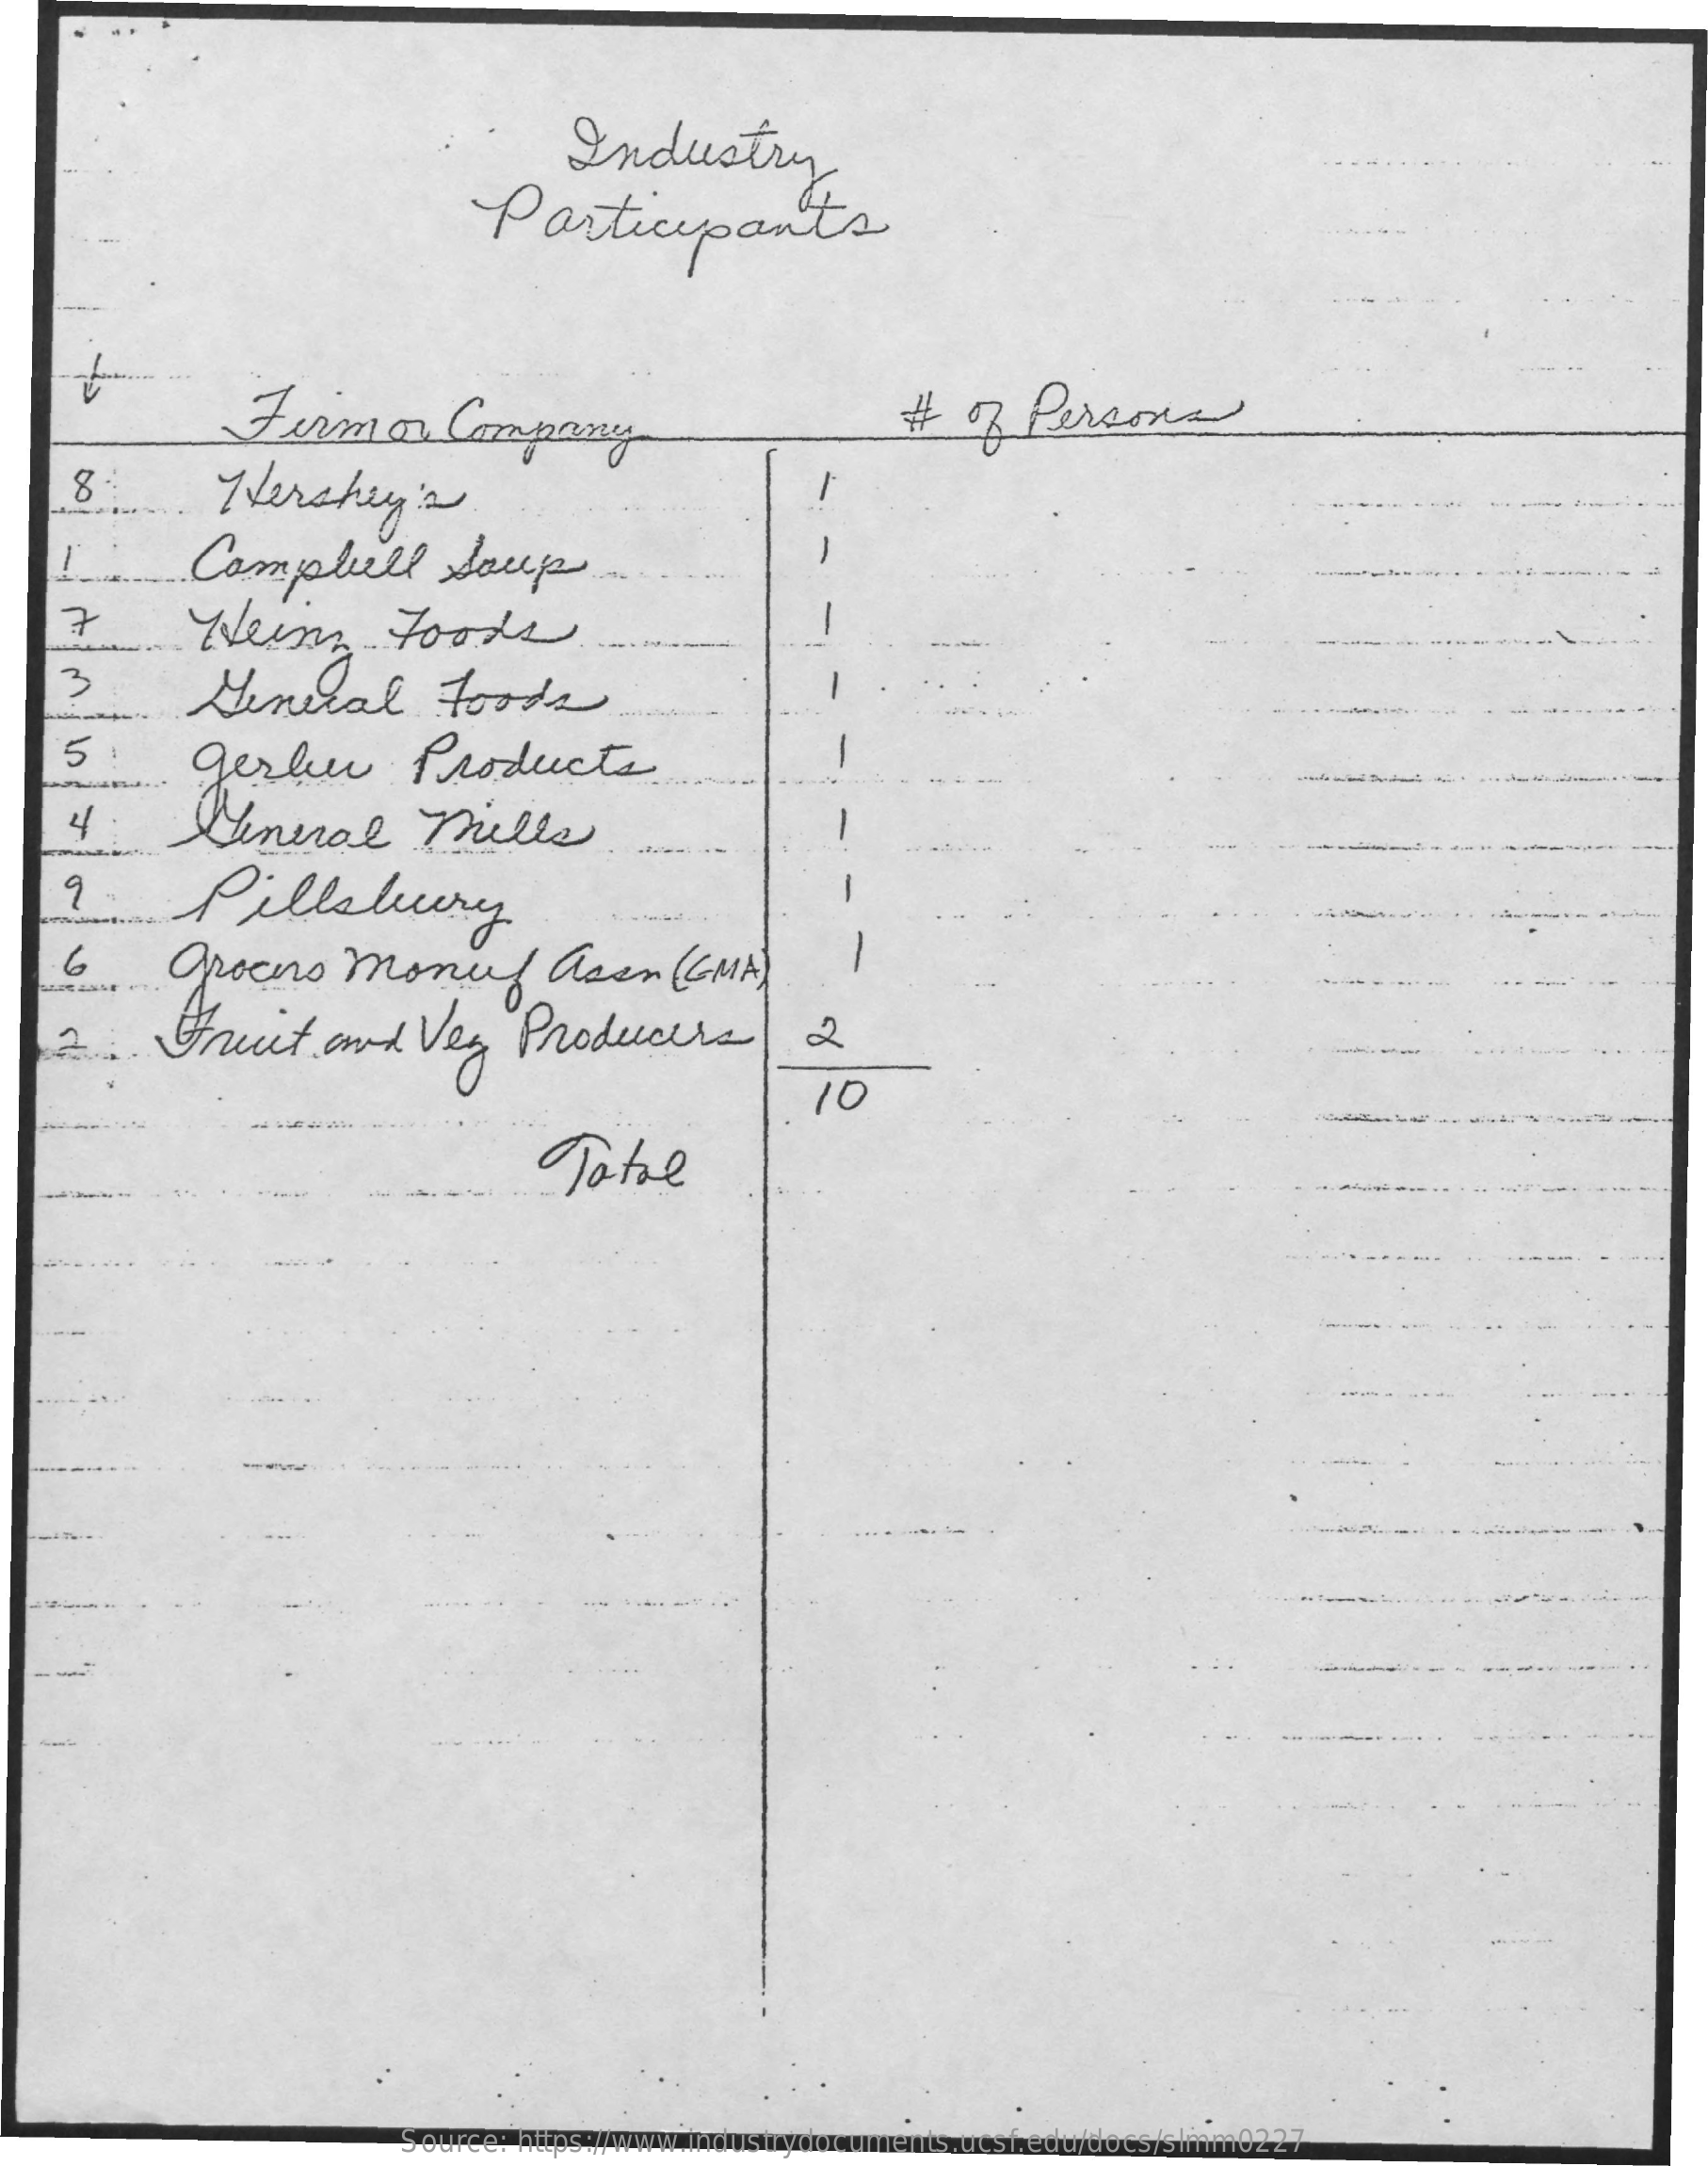
Industry
     Participants
     Firm    or  Company    #  of  Persons
     Hershey's
     -
     Campbell    Soup
     -
     Wein    Foods
    3
     七
     Genelal    Foods
    5  .    gerle    Products
     4    General    Mills
     -
    9  .    Pillsbury
     -
     -
    6    grocers    money    asen    ( GMA)
     Fruit    and   Vez   Producers
     10
   ---
    --
     Source: https://www.industrydocuments.ucsf.edu/docs/slmm0227